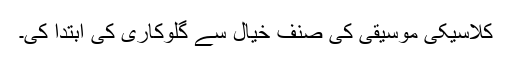
کلاسیکی موسیقی کی صنف خیال سے گلوکاری کی ابتدا کی۔